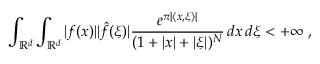
\int _ { \mathbb { R } ^ { d } } \int _ { \mathbb { R } ^ { d } } | f ( x ) | | { \hat { f } } ( \xi ) | { \frac { e ^ { \pi | \langle x , \xi \rangle | } } { ( 1 + | x | + | \xi | ) ^ { N } } } \, d x \, d \xi < + \infty ~ ,